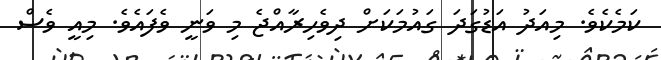
ކަމެކެވެ. މިއަދު އަޑުގަދަ ގައުމަކަށް ދިވެހިރާއްޖެ މި ވަނީ ވެފައެވެ. މިއީ ވެސް